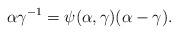
LaTeX: \begin{align*} \alpha\gamma^{-1} = \psi(\alpha,\gamma)(\alpha-\gamma). \end{align*}